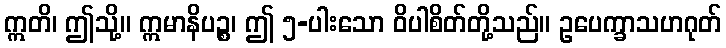
ဣတိ၊ ဤသို့။ ဣမာနိပဉ္စ၊ ဤ ၅-ပါးသော ဝိပါစိတ်တို့သည်။ ဥပေက္ခာသဟဂုတ်